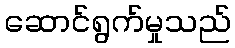
ဆောင်ရွက်မှုသည်